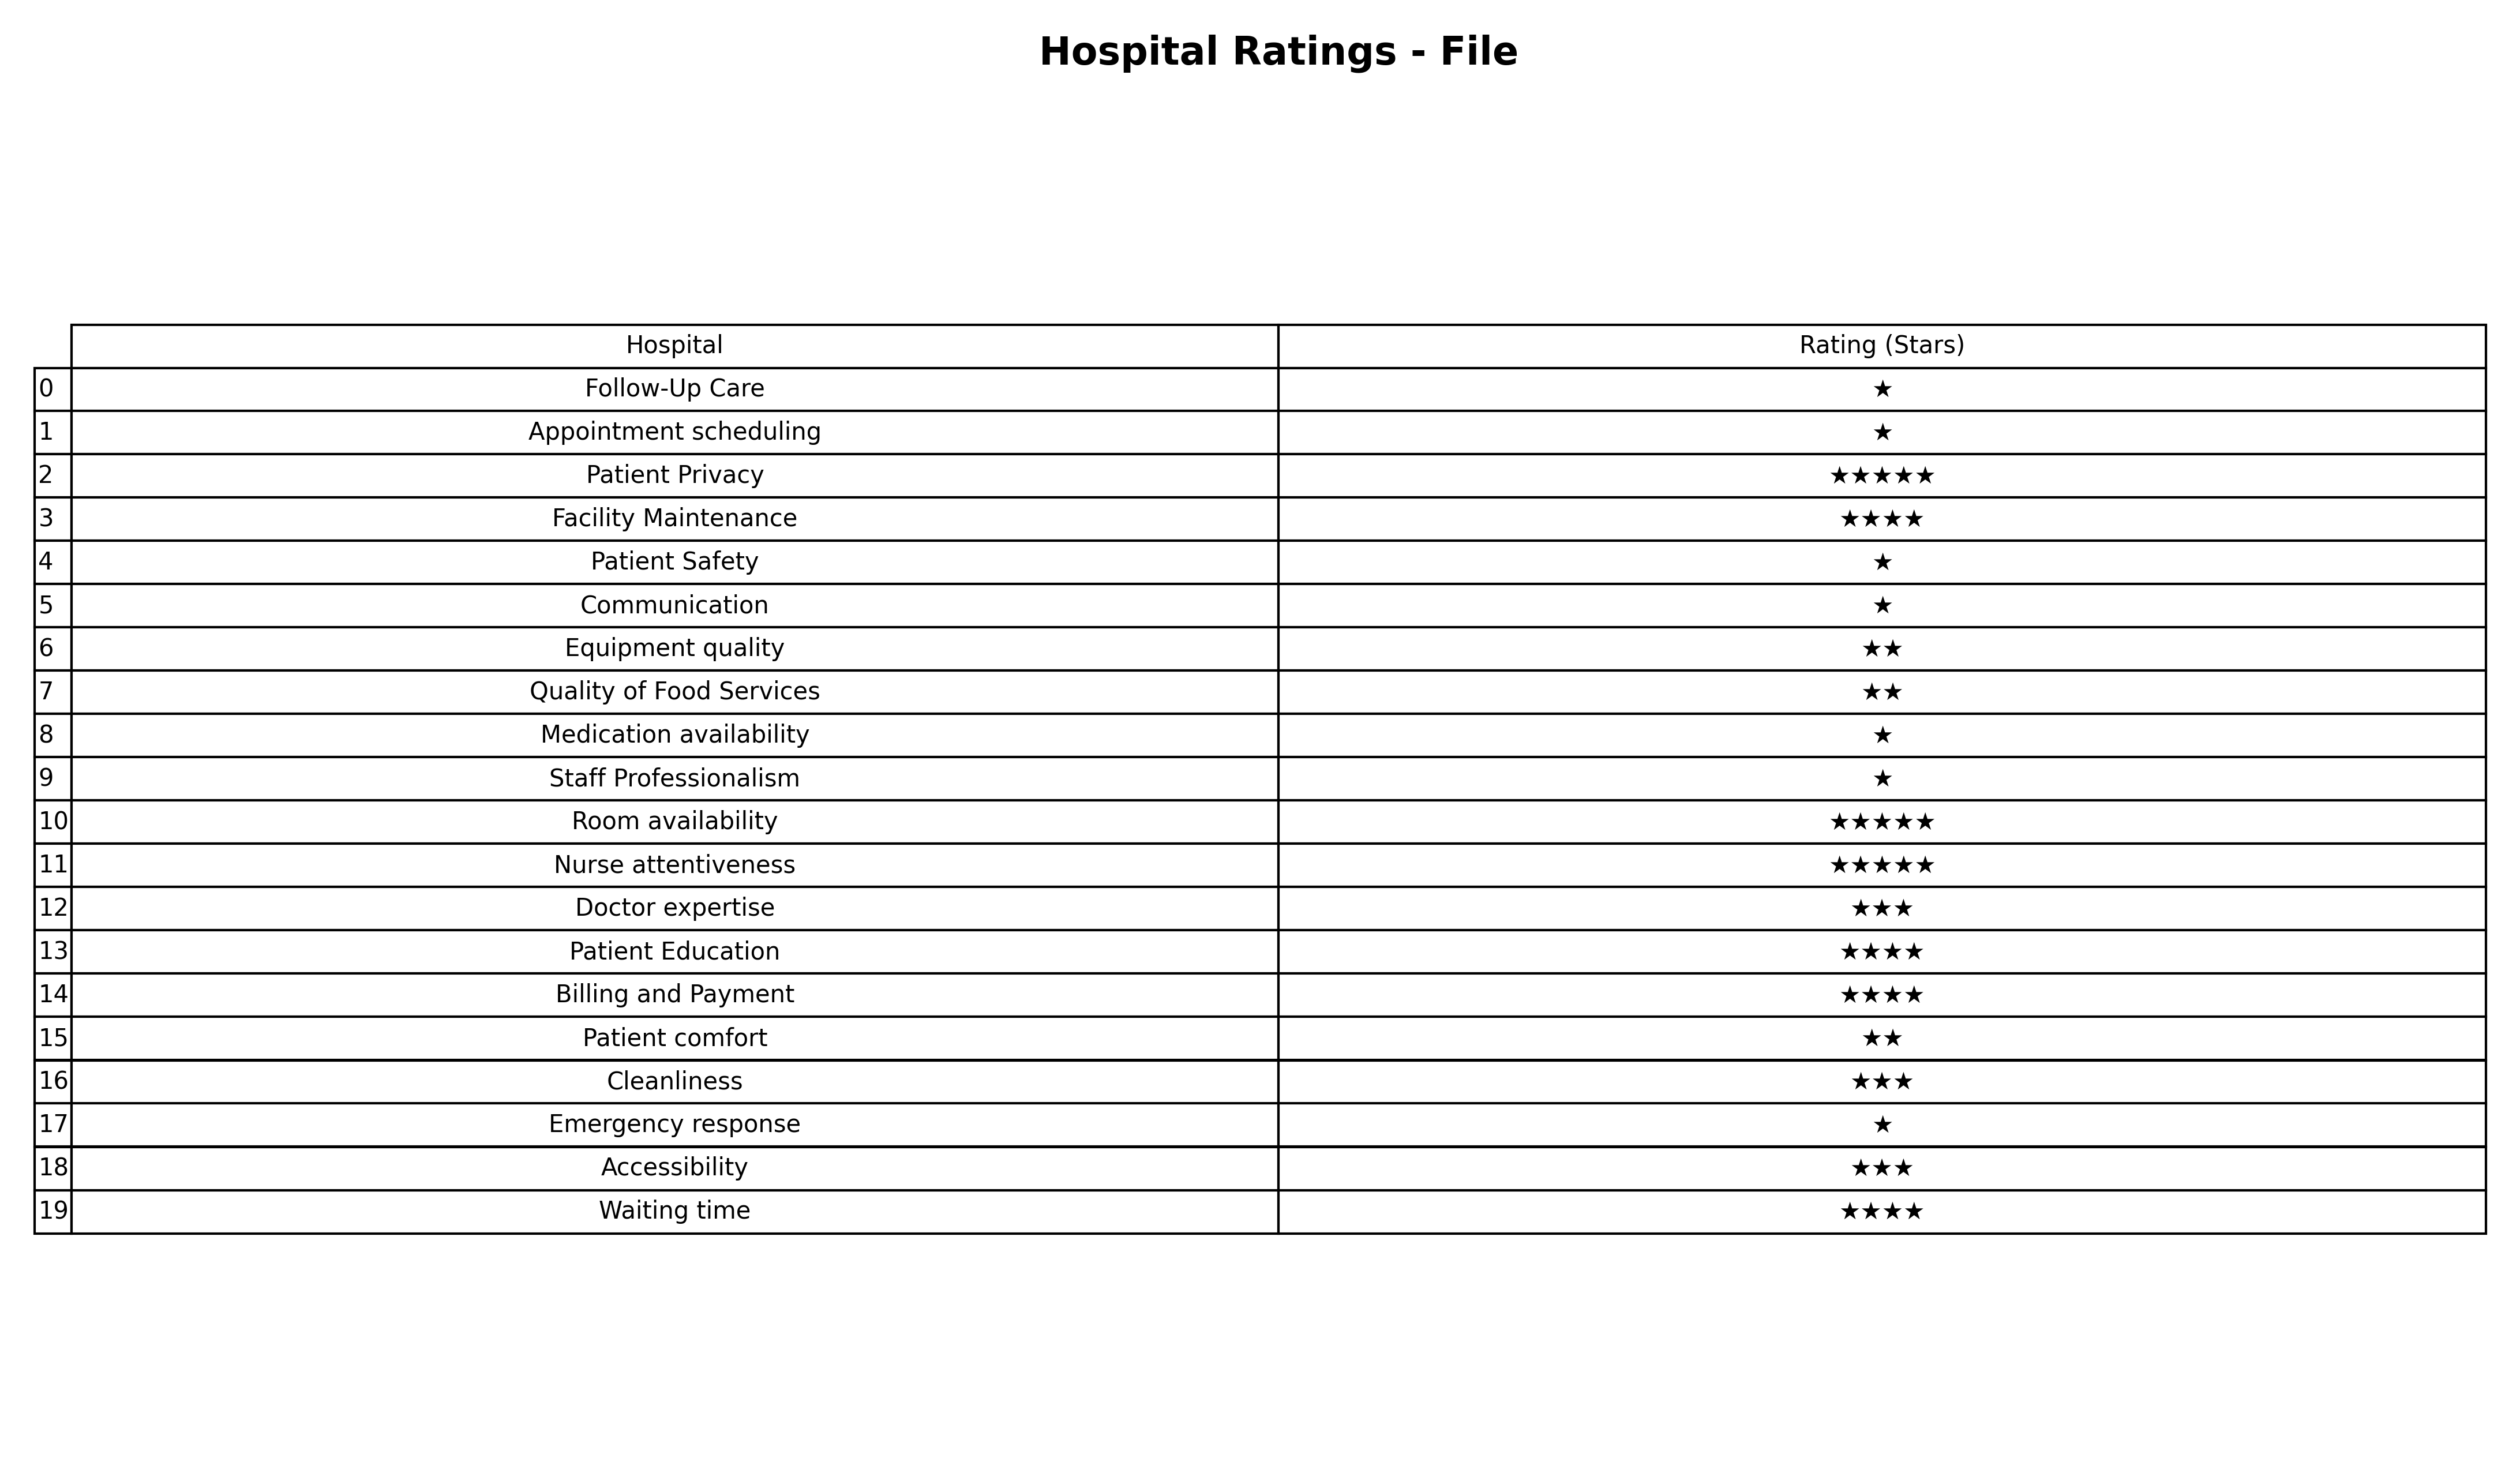
question: Which services are rated average?
answer: Doctor expertiseCleanlinessAccessibility